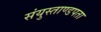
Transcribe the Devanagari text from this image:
संयुस्ताण्डपता